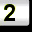
Digit: 2